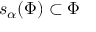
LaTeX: s _ { \alpha } ( \Phi ) \subset \Phi